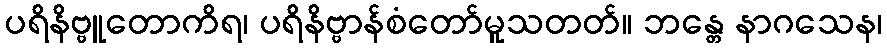
ပရိနိဗ္ဗူတောကိရ၊ ပရိနိဗ္ဗာန်စံတော်မူသတတ်။ ဘန္တေ နာဂသေန၊